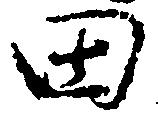
田